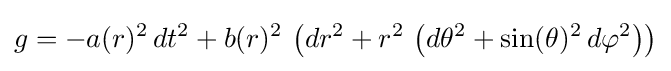
g=-a(r)^{2}\,dt^{2}+b(r)^{2}\,\left(dr^{2}+r^{2}\,\left(d\theta ^{2}+\sin(\theta )^{2}\,d\varphi ^{2}\right)\right)